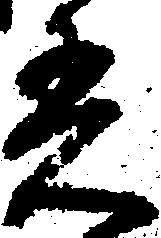
着